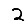
Digit: 2